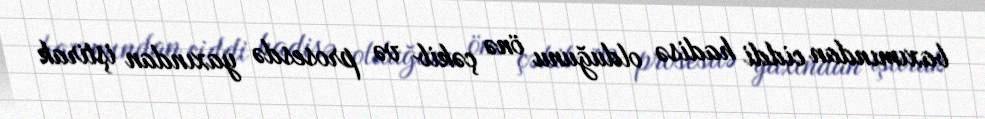
baxımından ciddi hadisə olduğunu önə çəkib və prosesdə yaxından iştirak